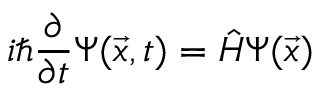
i \hbar \frac { \partial } { \partial t } \Psi ( \vec { x } , t ) = \hat { H } \Psi ( \vec { x } )